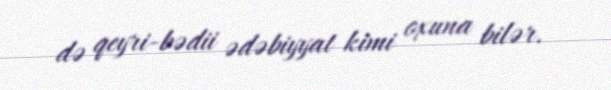
də qeyri-bədii ədəbiyyat kimi oxuna bilər.